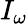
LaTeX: I_{\omega}